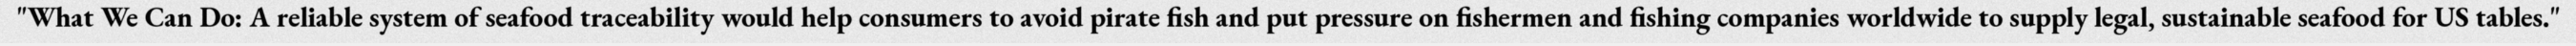
"What We Can Do: A reliable system of seafood traceability would help consumers to avoid pirate fish and put pressure on fishermen and fishing companies worldwide to supply legal, sustainable seafood for US tables."